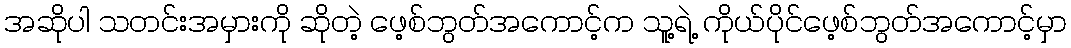
အဆိုပါ သတင်းအမှားကို ဆိုတဲ့ ဖေ့စ်ဘွတ်အကောင့်က သူ့ရဲ့ ကိုယ်ပိုင်ဖေ့စ်ဘွတ်အကောင့်မှာ